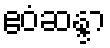
ဧဝံဆန္ဒာ